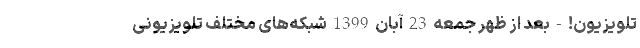
تلویزیون! - بعد از ظهر جمعه 23 آبان 1399 شبکه‌های مختلف تلویزیونی